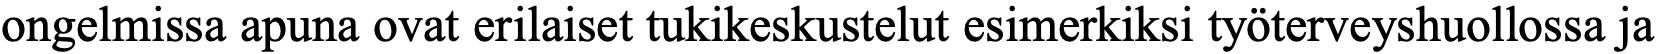
ongelmissa apuna ovat erilaiset tukikeskustelut esimerkiksi työterveyshuollossa ja